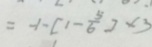
= - 1 - [ 1 - \frac { 5 } { 6 } ] \times 3